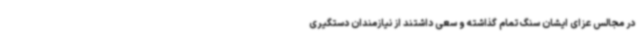
در مجالس عزای ایشان سنگ تمام گذاشته و سعی داشتند از نیازمندان دستگیری